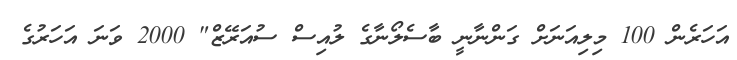
އަހަރެން 100 މިލިއަނަށް ގަންނާނީ ބާސެލޯނާގެ ލުއިސް ސުއަރޭޒް" 2000 ވަނަ އަހަރުގެ